Indian journal of veterinary science and animal husbandry - Volume 5,
Year: 1935
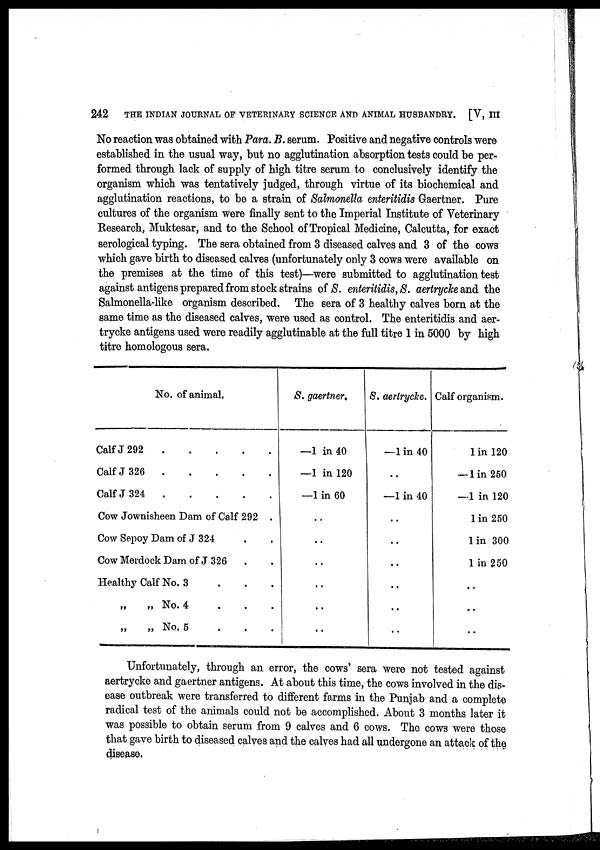
242
THE INDIAN JOURNAL OF VETERINARY SCIENCE AND ANIMAL HUSBANDRY. [V, III
No reaction was obtained with Para. B. serum. Positive and negative controls were
established in the usual way, but no agglutination absorption tests could be per-
formed through lack of supply of high titre serum to conclusively identify the
organism which was tentatively judged, through virtue of its biochemical and
agglutination reactions, to be a strain of Salmonella enteritidis Gaertner. Pure
cultures of the organism were finally sent to the Imperial Institute of Veterinary
Research, Muktesar, and to the School of Tropical Medicine, Calcutta, for exact
serological typing. The sera obtained from 3 diseased calves and 3 of the cows
which gave birth to diseased calves (unfortunately only 3 cows were available on
the premises at the time of this test)—were submitted to agglutination test
against antigens prepared from stock strains of S. enteritidis, S. aertrycke and the
Salmonella-like organism described. The sera of 3 healthy calves born at the
same time as the diseased calves, were used as control. The enteritidis and aer-
trycke antigens used were readily agglutinable at the full titre 1 in 5000 by high
titre homologous sera.
No. of animal.
Calf J 292
Calf J 326
Calf J 324
Cow Jownisheen Dam of Calf 292 .
Cow Sepoy Dam of J 324 . . .
Cow Merdock Dam of J 326. . .
Healthy Calf No. 3 . . .
„
„ No. 4
„
„ No. 5
S. gaertner.
—1 in 40
—1 in 120
—1 in 60
..
..
..
..
..
..
S. aertrycke.
—1 in 40
..
—1 in 40
..
..
..
Calf organism.
1 in 120
— 1 in 250
—1 in 120
1 in 250
1 in 300
1 in 250
..
..
..
Unfortunately, through an error, the cows' sera were not tested against
aertrycke and gaertner antigens. At about this time, the cows involved in the dis-
ease outbreak were transferred to different farms in the Punjab and a complete
radical test of the animals could not be accomplished. About 3 months later it
was possible to obtain serum from 9 calves and 6 cows. The cows were those
that gave birth to diseased calves and the calves had all undergone an attack of the
disease.